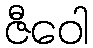
ဇီဝေါ